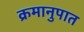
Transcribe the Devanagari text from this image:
क्रमानुपात